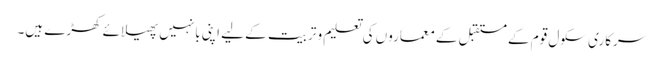
سرکاری سکول قوم کے مستقبل کے معماروں کی تعلیم و تربیت کے لیے اپنی بانہیں پھیلائے کھڑے ہیں۔